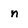
Character: n